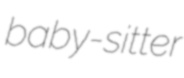
baby-sitter